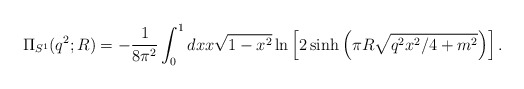
\begin{align*}\Pi_{S^1}(q^2;R) = -{1\over 8\pi^2}\int_0^1 dx x\sqrt{1-x^2}\ln\left[2\sinh\left(\pi R\sqrt{q^2x^2/4+m^2}\right)\right].\end{align*}